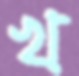
খ